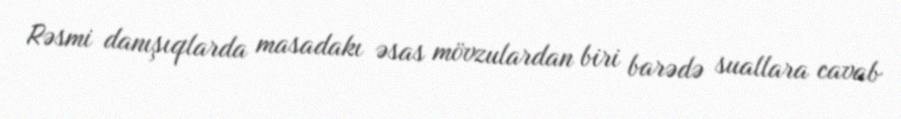
Rəsmi danışıqlarda masadakı əsas mövzulardan biri barədə suallara cavab